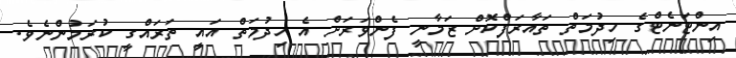
އިންޓަނެޓްގެ ހިދުމަތް ތައާރަފްކޮށް ޒަމާނީ ފެންވަރަށް އެ ހިދުމަތް އައީ ތަރައްގީ ކުރަމުންނެވެ.